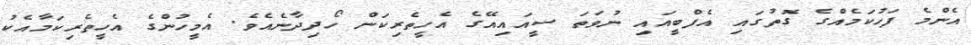
އެންމެ ފަހުކަމެއްގެ ގޮތުގައި އެފްބީއައި ނުވަތަ ސީއައިއޭގެ އެހީތެރިކަން ހޯދިދާނެއެވެ. އެމީހުންގެ އެހީތެރިކަމާއެކު